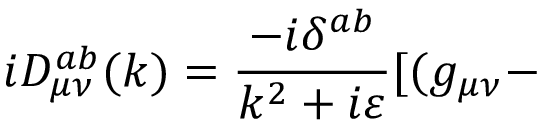
i D _ { \mu \nu } ^ { a b } ( k ) = \frac { - i \delta ^ { a b } } { k ^ { 2 } + i \varepsilon } [ ( g _ { \mu \nu } -